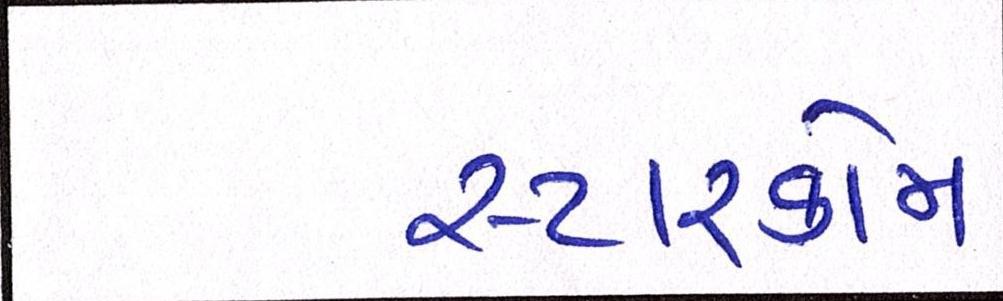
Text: સ્ટારકોમ